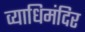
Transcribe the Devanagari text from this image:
व्याधिमंदिर